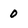
Character: 0